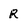
Character: R